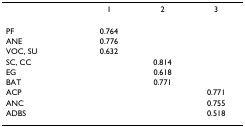
|  | 1 | 2 | 3 |
 | --- | --- | --- | --- |
 | PF | 0.764 |  |  |
 | ANE | 0.776 |  |  |
 | VOC, SU | 0.632 |  |  |
 | SC, CC |  | 0.814 |  |
 | EG |  | 0.618 |  |
 | BAT |  | 0.771 |  |
 | ACP |  |  | 0.771 |
 | ANC |  |  | 0.755 |
 | ADBS |  |  | 0.518 |